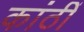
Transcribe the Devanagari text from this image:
कांठीं